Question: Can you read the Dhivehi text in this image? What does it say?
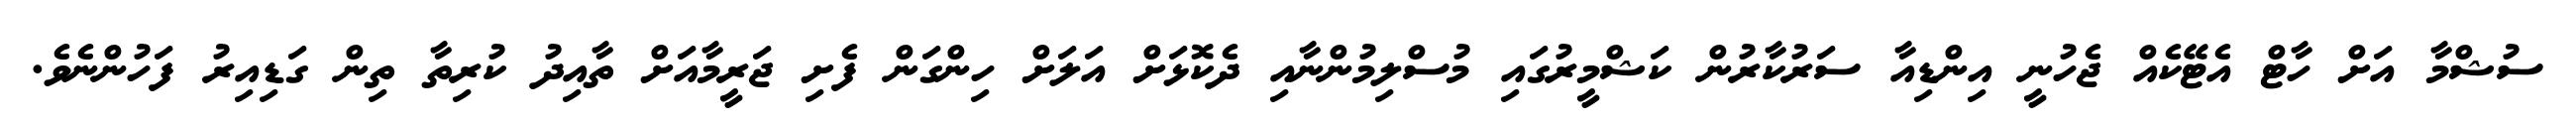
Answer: ސުޝްމާ އަށް ހާޓް އެޓޭކެއް ޖެހުނީ އިންޑިއާ ސަރުކާރުން ކަޝްމީރުގައި މުސްލިމުންނާއި ދެކޮޅަށް އަލަށް ހިންގަން ފެށި ޖަރީމާއަށް ތާއިދު ކުރިތާ ތިން ގަޑިއިރު ފަހުންނެވެ.